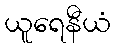
ယူရေနီယံ